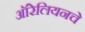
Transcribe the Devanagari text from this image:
ऑरेलियनचे